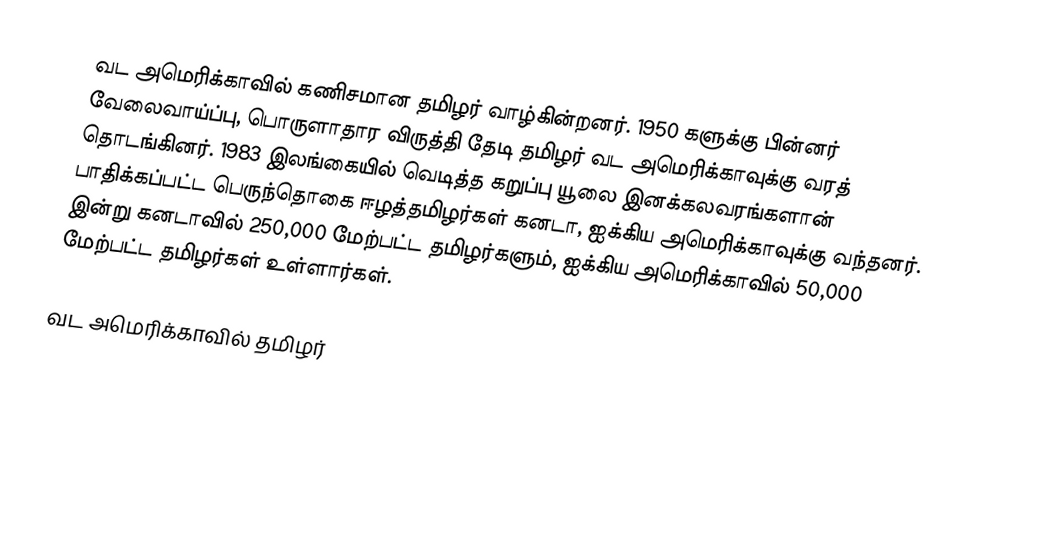
வட அமெரிக்காவில் கணிசமான தமிழர் வாழ்கின்றனர். 1950 களுக்கு பின்னர் வேலைவாய்ப்பு, பொருளாதார விருத்தி தேடி தமிழர் வட அமெரிக்காவுக்கு வரத் தொடங்கினர். 1983 இலங்கையில் வெடித்த கறுப்பு யூலை இனக்கலவரங்களான் பாதிக்கப்பட்ட பெருந்தொகை ஈழத்தமிழர்கள் கனடா, ஐக்கிய அமெரிக்காவுக்கு வந்தனர். இன்று கனடாவில் 250,000 மேற்பட்ட தமிழர்களும், ஐக்கிய அமெரிக்காவில் 50,000 மேற்பட்ட தமிழர்கள் உள்ளார்கள்.

வட அமெரிக்காவில் தமிழர்